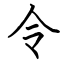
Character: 令